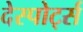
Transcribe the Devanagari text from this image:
देस्पोर्ट्स